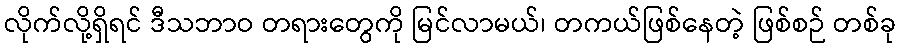
လိုက်လို့ရှိရင် ဒီသဘာဝ တရားတွေကို မြင်လာမယ်၊ တကယ်ဖြစ်နေတဲ့ ဖြစ်စဉ် တစ်ခု